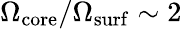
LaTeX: \Omega_{\mathrm{core}}/\Omega_{\mathrm{surf}}\sim 2